Riigikantselei, lk 259
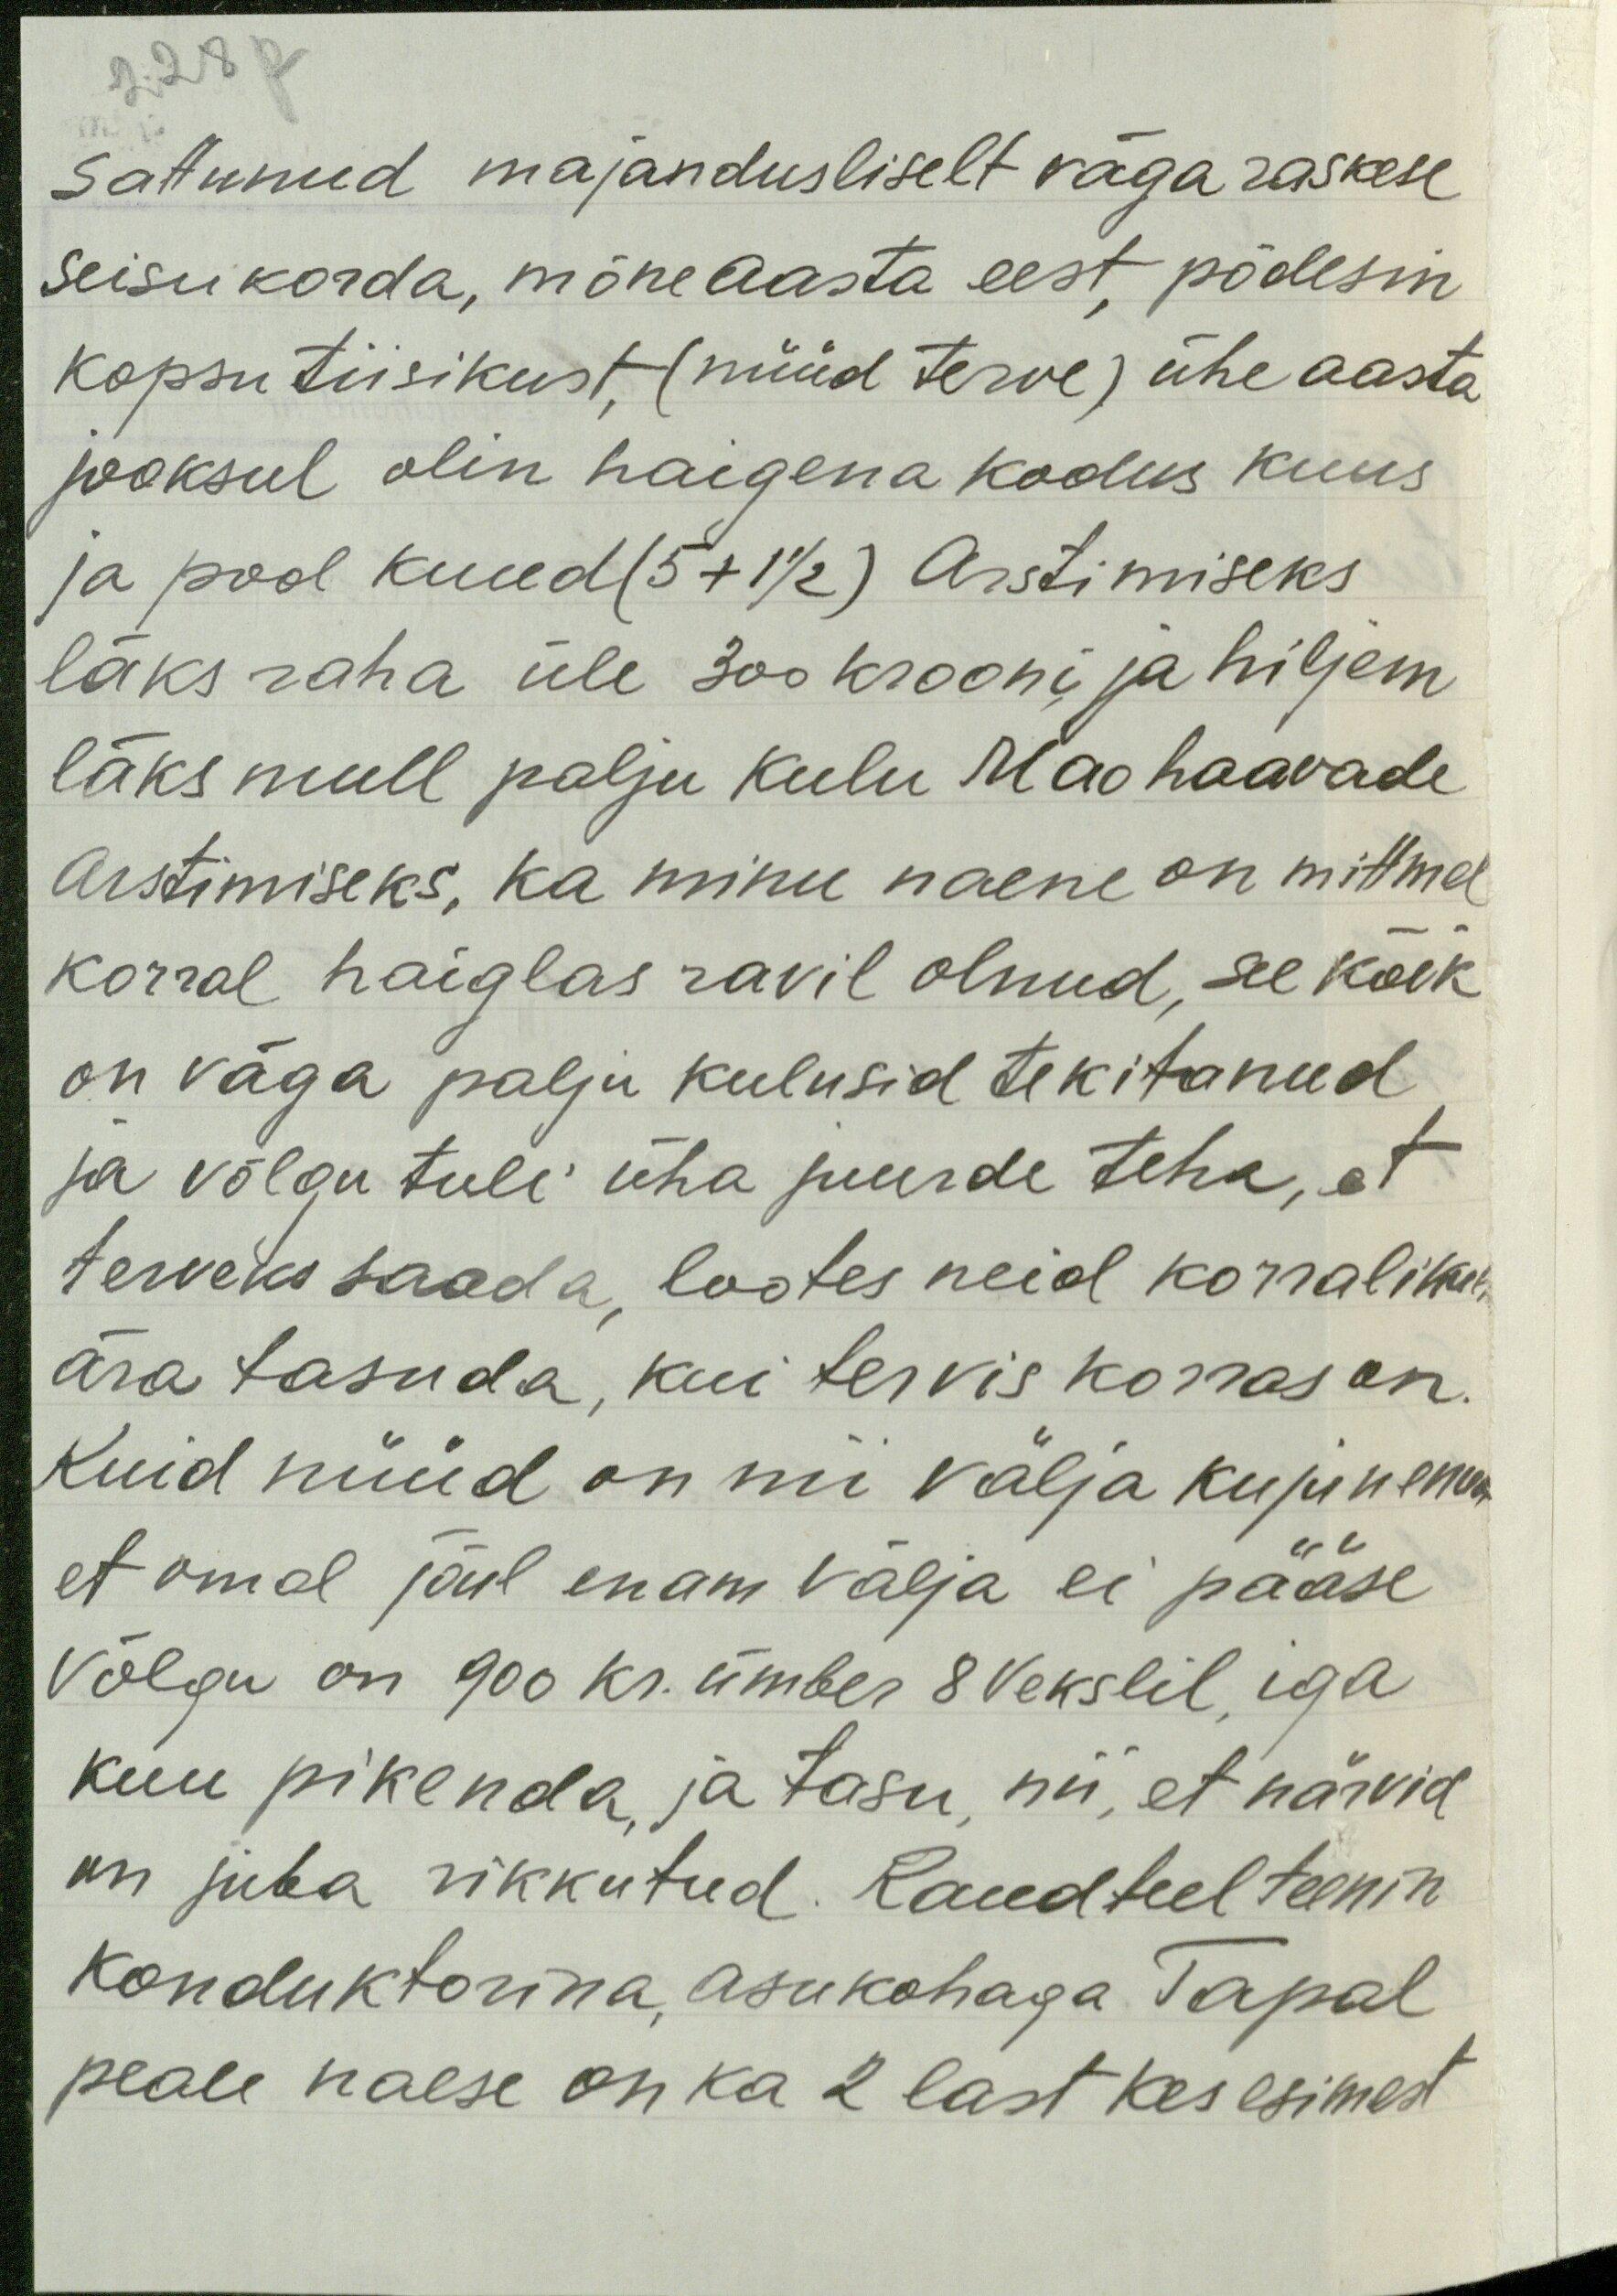
228 p
sattunud majandusliselt väga raskese
seisu korda, mõne aasta eest, põdesin
kopsu tiisikust, (nüüd terve) ühe aasta
jooksul olin haigena kodus kuus
ja pool kuud (5 +1 1/2) Arstimiseks
läks raha üle 300 krooni ja hiljem
läks mull palju kulu Mao haavade
arstimiseks, ka minu naene on mittmel
korral haiglas ravil olnud, see kõik
on väga palju kulusid tekitanud
ja võlgu tuli üha juurde teha, et
terveks saada, lootes neid korralikult
ära tasuda, kui tervis korras on.
Kuid nüüd on nii välja kujunenud
et omal jõul enam välja ei pääse
Võlgu on 900 kr. ümber 8 vekslil, iga
kuu pikenda, ja tasu nii, et närvid
on juba rikkutud. Raudteel teenin
konduktorina, asukohaga Tapal
peale naese on ka 2 last kes esimest